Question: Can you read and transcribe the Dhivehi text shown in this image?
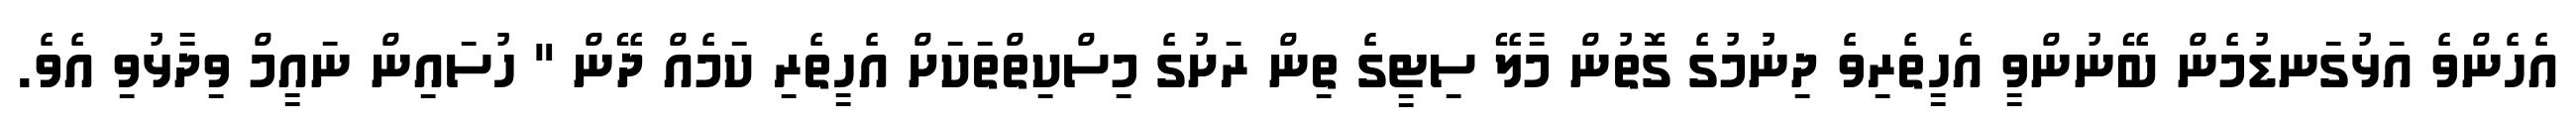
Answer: އެހެންވެ އަޅުގަނޑުމެން ބޭނުންވީ އެހީތެރިވެ ދިނުމުގެ ގޮތުން މާލޭ ސިޓީގެ ތިން ރަށުގެ މިސްކިތްތަކަށް އެހީތެރި ކަމެއް ދޭން " ހުސައިން ނައީމް ވިދާޅުވި އެވެ.